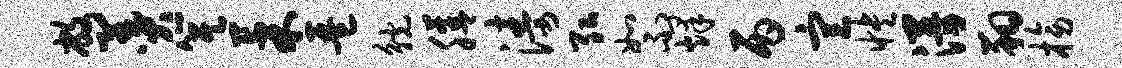
敝羹箕果琶觥膳涛弘如不烽丙宣怏漫翔榜